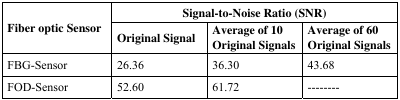
<table><thead><tr><td rowspan="2"><b>Fiber optic Sensor</b></td><td colspan="3"><b>Signal-to-Noise Ratio (SNR)</b></td></tr><tr><td><b>Original Signal</b></td><td><b>Average of 10 Original Signals</b></td><td><b>Average of 60 Original Signals</b></td></tr></thead><tbody><tr><td>FBG-Sensor</td><td>26.36</td><td>36.30</td><td>43.68</td></tr><tr><td>FOD-Sensor</td><td>52.60</td><td>61.72</td><td>--------</td></tr></tbody></table>